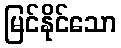
မြင်နိုင်သော